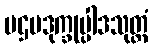
ပဌမဒုက္ခုပ္ပါဒသုတ္တံ